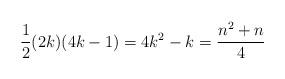
LaTeX: \begin{align*}\frac{1}{2}(2k)(4k-1) = 4k^2 - k = \frac{n^2 + n}{4}\end{align*}